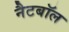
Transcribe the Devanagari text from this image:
नैटबॉल